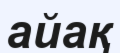
айақ